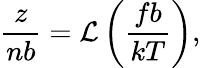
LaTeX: \frac{z}{nb}=\mathcal{L}\left(\frac{fb}{kT}\right),